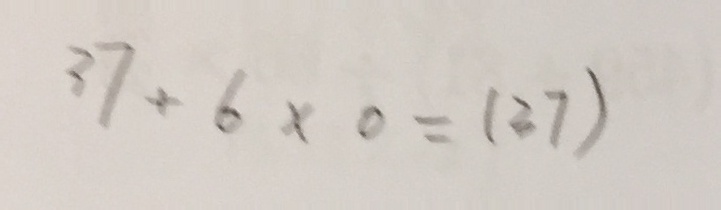
3 7 + 6 \times 0 = ( 3 7 )